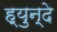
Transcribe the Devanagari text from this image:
ह्युन्दे